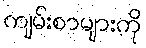
ကျမ်းစာများကို